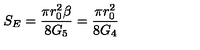
S _ { E } = \frac { \pi r _ { 0 } ^ { 2 } \beta } { 8 G _ { 5 } } = \frac { \pi r _ { 0 } ^ { 2 } } { 8 G _ { 4 } }